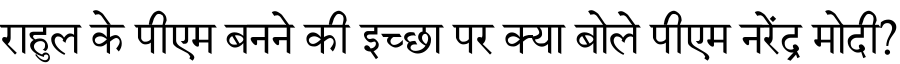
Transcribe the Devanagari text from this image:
राहुल के पीएम बनने की इच्छा पर क्या बोले पीएम नरेंद्र मोदी?